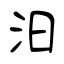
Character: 汨